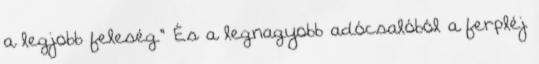
a legjobb feleség." És a legnagyobb adócsalóból a ferpléj